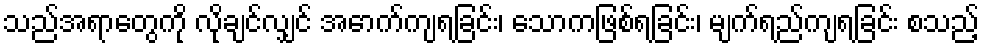
သည်အရာတွေကို လိုချင်လျှင် အောက်ကျရခြင်း၊ သောကဖြစ်ရခြင်း၊ မျက်ရည်ကျရခြင်း စသည့်